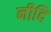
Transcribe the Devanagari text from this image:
नीदि